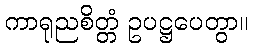
ကာရုညစိတ္တံ ဥပဋ္ဌပေတွာ။